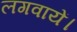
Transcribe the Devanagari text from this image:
लगवायें।